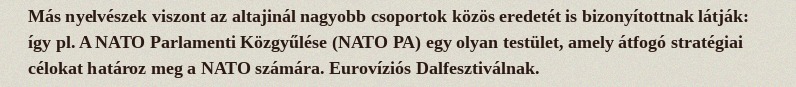
Más nyelvészek viszont az altajinál nagyobb csoportok közös eredetét is bizonyítottnak látják: így pl. A NATO Parlamenti Közgyűlése (NATO PA) egy olyan testület, amely átfogó stratégiai célokat határoz meg a NATO számára. Eurovíziós Dalfesztiválnak.